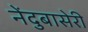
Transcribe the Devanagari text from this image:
नेंदुबासेरी